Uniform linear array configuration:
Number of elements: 12
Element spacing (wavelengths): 0.75
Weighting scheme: hamming
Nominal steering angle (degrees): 60
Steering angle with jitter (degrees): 60.887
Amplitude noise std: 0.05
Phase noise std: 0.05

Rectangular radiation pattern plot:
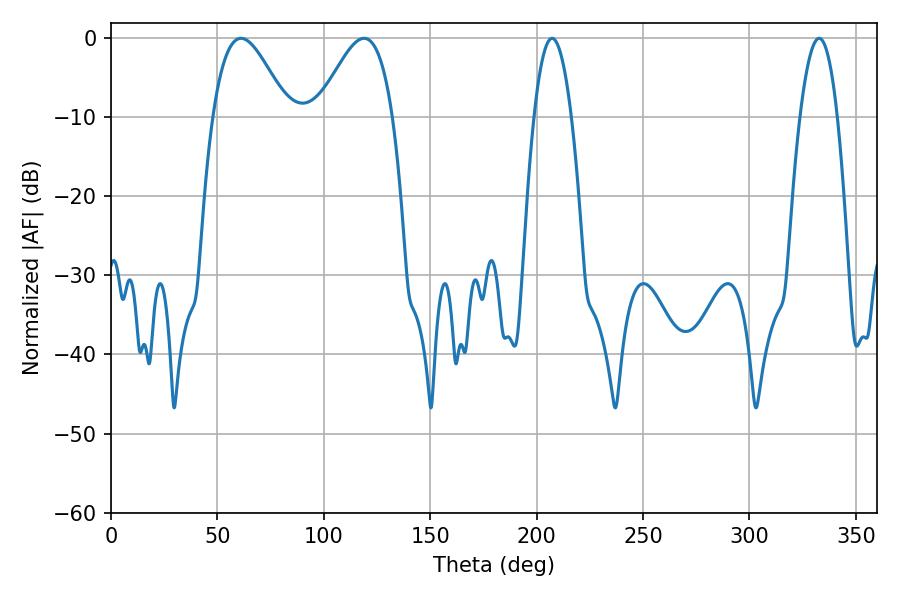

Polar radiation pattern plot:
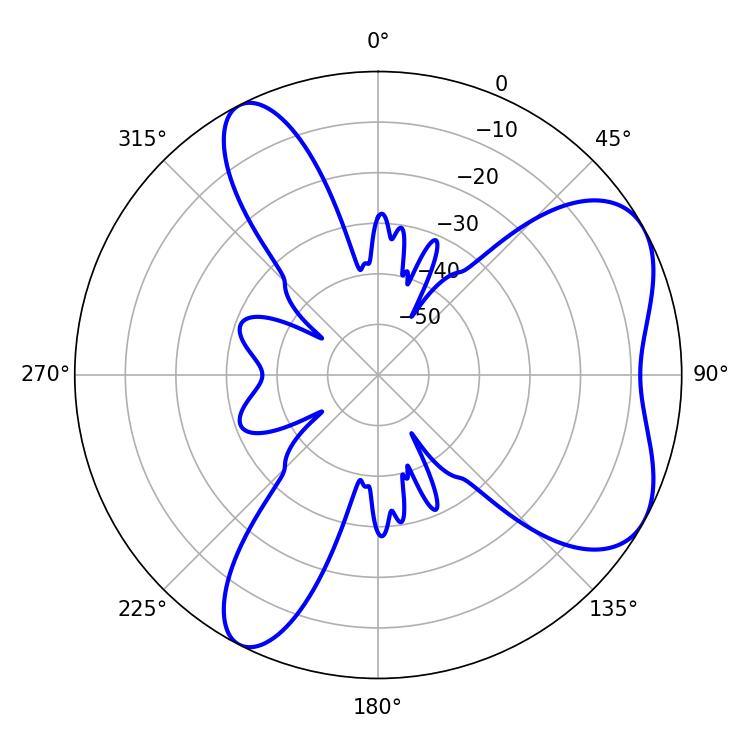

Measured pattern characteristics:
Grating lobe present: TRUE
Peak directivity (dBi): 5.993
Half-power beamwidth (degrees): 18.9
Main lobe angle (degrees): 61.02